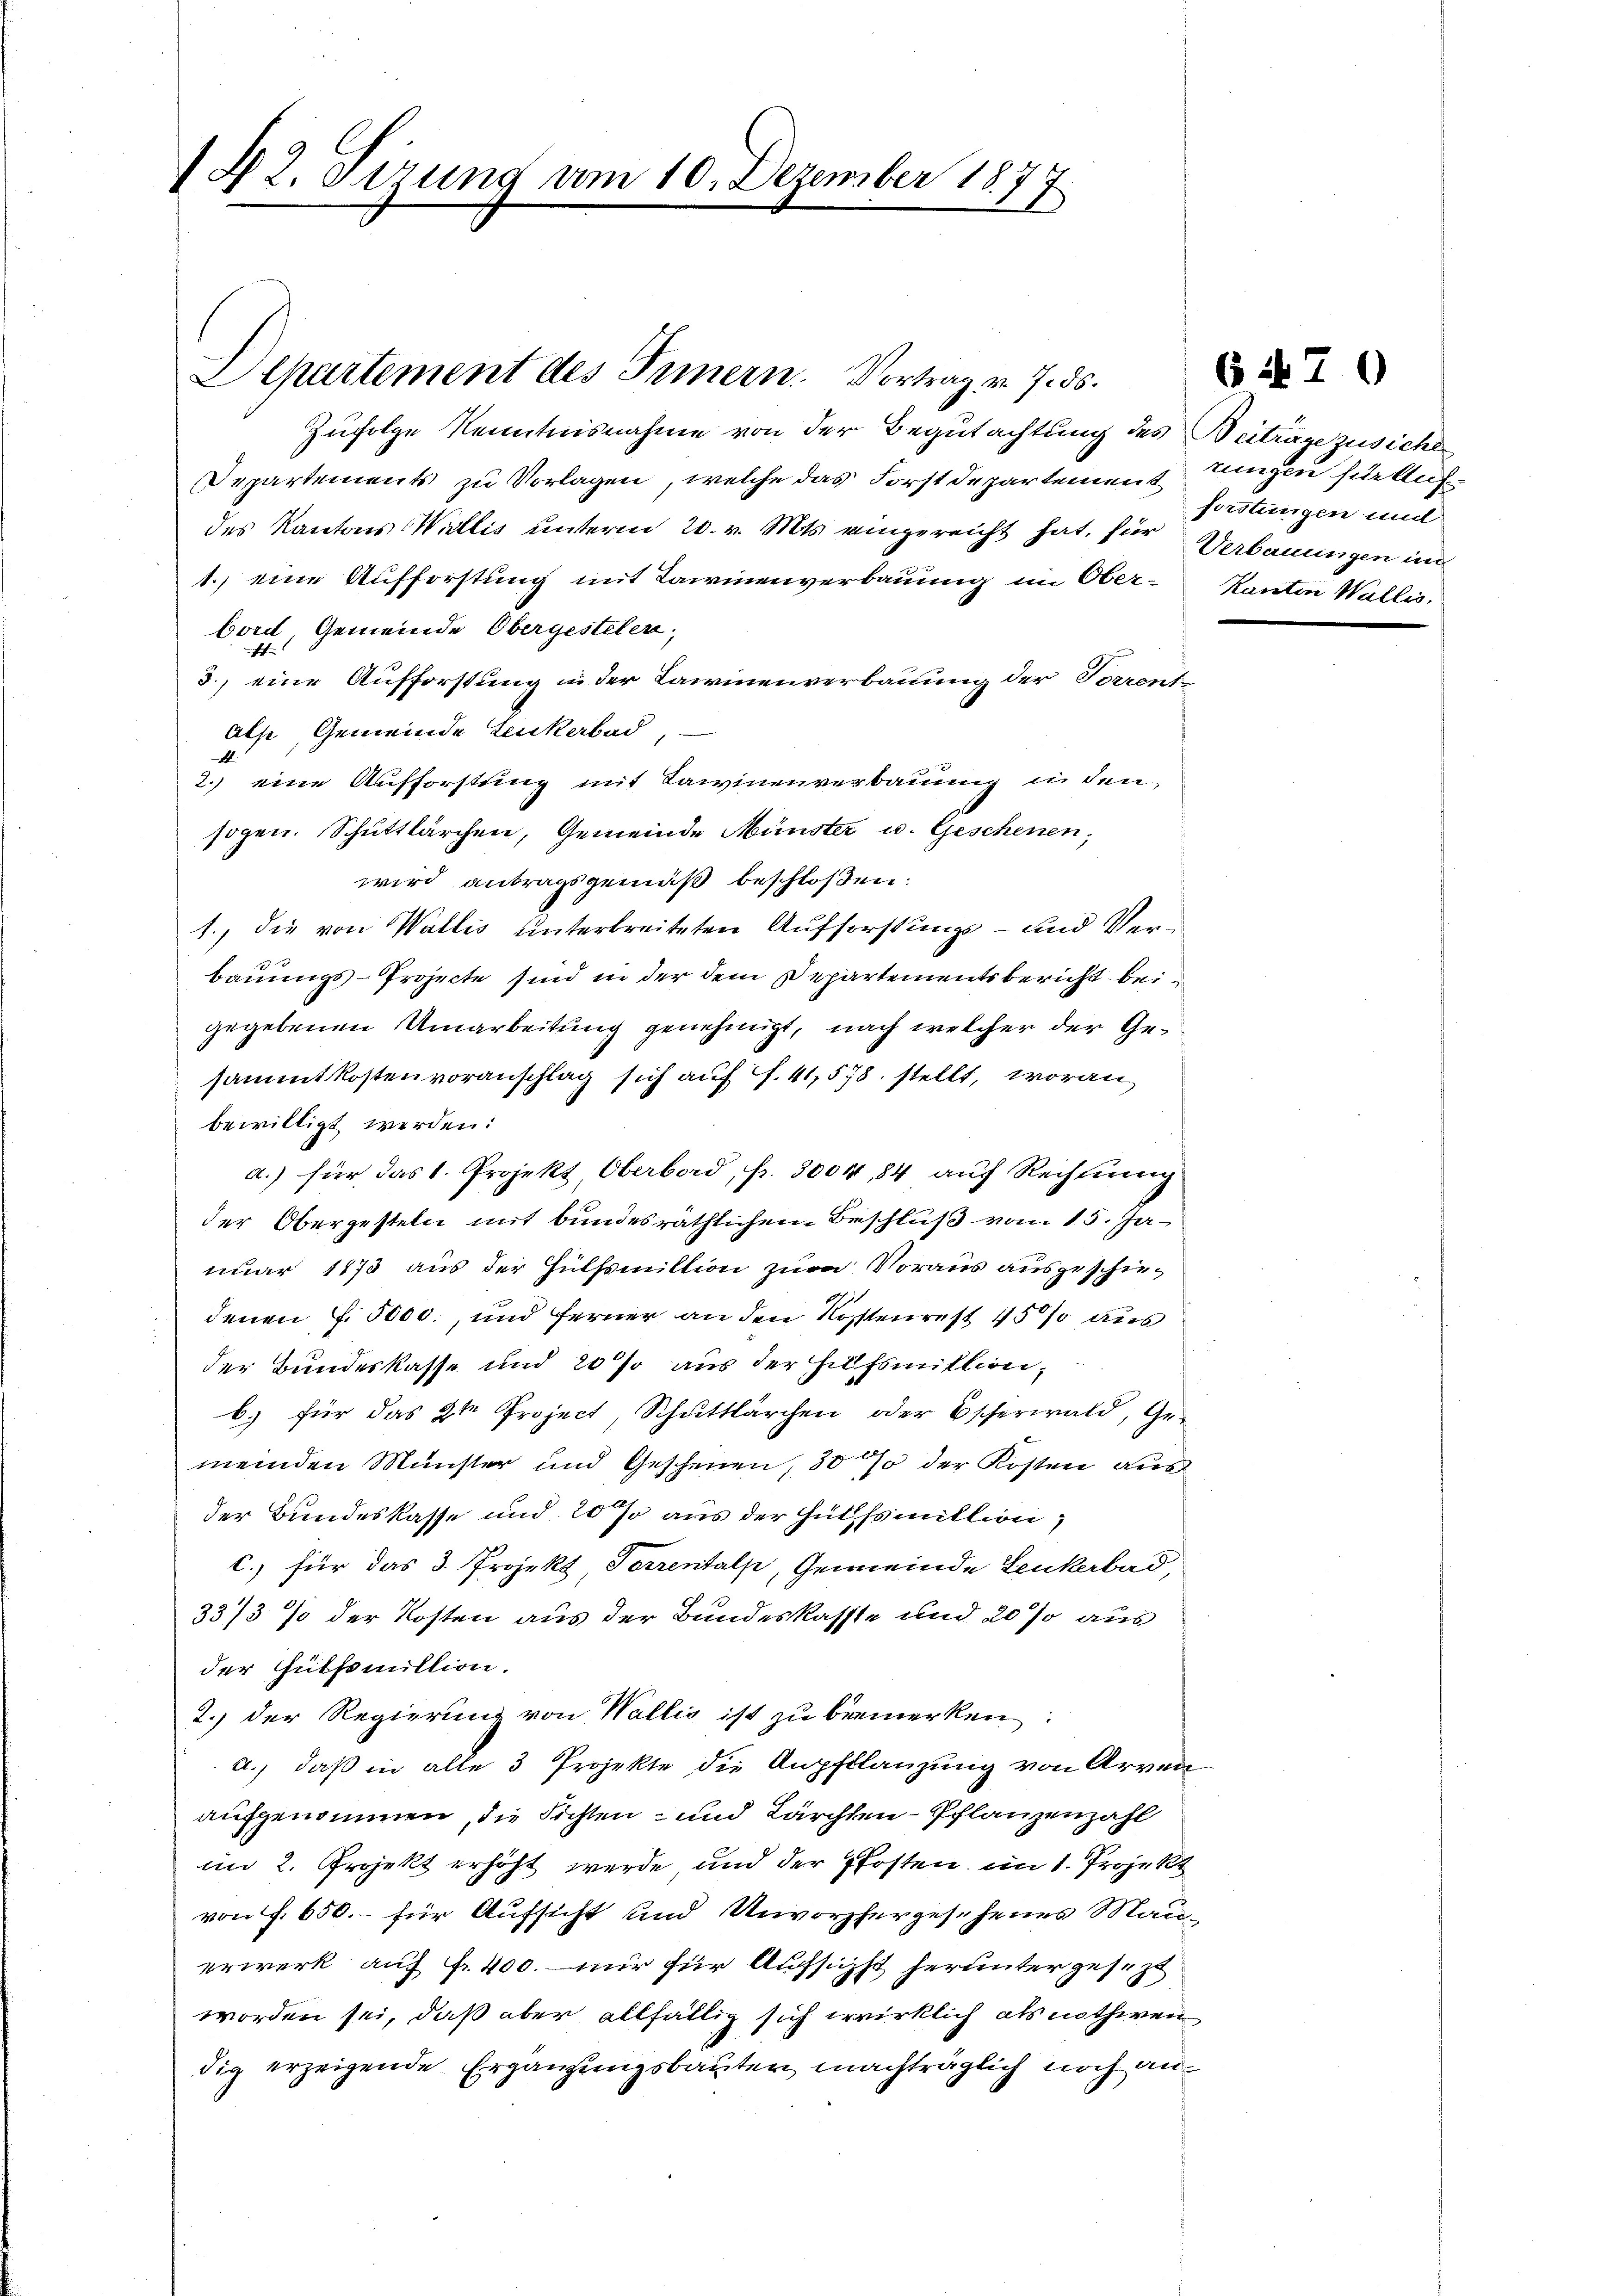
142. Sizung vom 10. Dezember 1877

Zufolge Kenntnisnahme von der Begutachtung des Beiträge zusicher
Departements zu Vorlagen, welche das Forstdepartement ungen für Aufdes Kantons Wallis unterm 20. v. Mts. eingereicht hat, für Verbauungen und
1. eine Aufforstung mit Tawinenverbauung im Ober-Kanton Wallis,
bord, Gemeinde Obergesteler;
f
3., eine Aufforstung in der Lawinenverbauung der Forrente
alse, Gemeinde Leukerbad
2.) eine Aufforstung mit Lawinenverbauung in den
sogen. Schuttlärchen, Gemeinde Münster u. Geschenen,
wird antragsgemäß beschloßen:
1., die von Wallis unterbreiteten Aufforstungs- und Verbauungs-Projecte sind in der dem Departementsbericht beigegebenen Umarbeitung genehmigt, nach welcher der Gesammtkostenvoranschlag sich auf S. 41,578. stellt, woran,
bewilligt werden:
a.) für das 1. Projekt, Oberbord, fr. 3004, 84 auf Rechnung
der Obergesteln mit bundesräthlichen Beschluß vom 15. Januar 1873 aus der Hülfsmiltion zum Voraus ausgeschiedenen f. 5000., und ferner an den Kostenrest 45% aus
der Bundeskasse und 20 % aus der Hülfsmillion,
b.) für das 2te Project, Schŭttlärchen oder Escherwald, Ge-
meinden Münster und Geschenen, 30 % der Kosten aus
der Bundeskasse und 20 % aus der Hülfsmillion,
C.) für das 3. Projekt Sorrentalp, Gemeinde Leukerbad,
33/3 % der Kosten aus der Bundeskasste und 20 % aus
der Gütfamillion.
2.) Der Regierung von Wallis ist zu bemerken:
a.) daß in alle 3 Projekte die Anpflanzung von Arven
aufgenommen, die Sichten- und Lärchten-Pflanzenzahl
im 2. Projekt erhöht werde, und der Pfosten im 1. Projekt
von §. 650.- für Aufsicht und Unvorhergesehenes Mauerwerk auf fr. 400. mir für Aufsichst herunter gesezt
worden sei, daß aber allfällig sich wirklich als nothwen
dig erzeigende Ergänzungsbauter machträglich noch an¬

Departement des Innern. Vortrag v. 7. ds.

6470

forstungen und

d
u